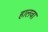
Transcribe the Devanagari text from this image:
हालवा